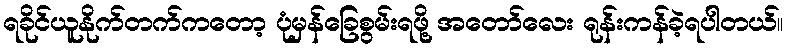
ရခိုင်ယူနိုက်တက်ကတော့ ပုံမှန်ခြေစွမ်းရဖို့ အတော်လေး ရုန်းကန်ခဲ့ရပါတယ်။